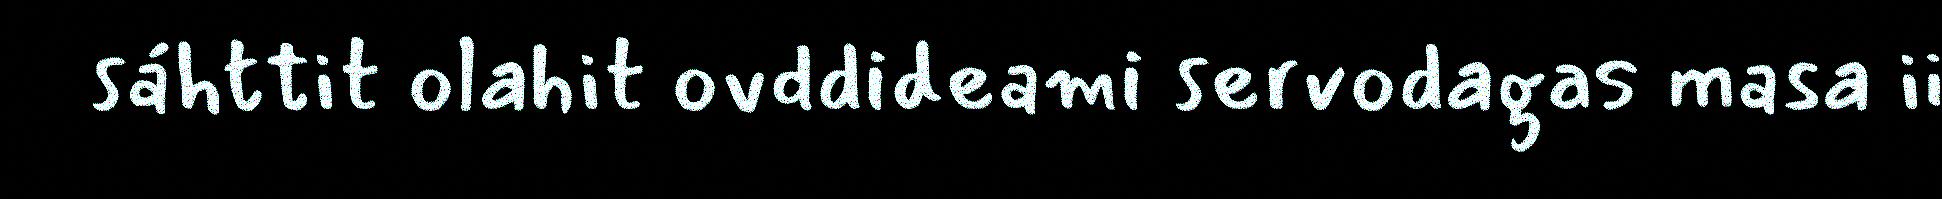
sáhttit olahit ovddideami servodagas masa ii